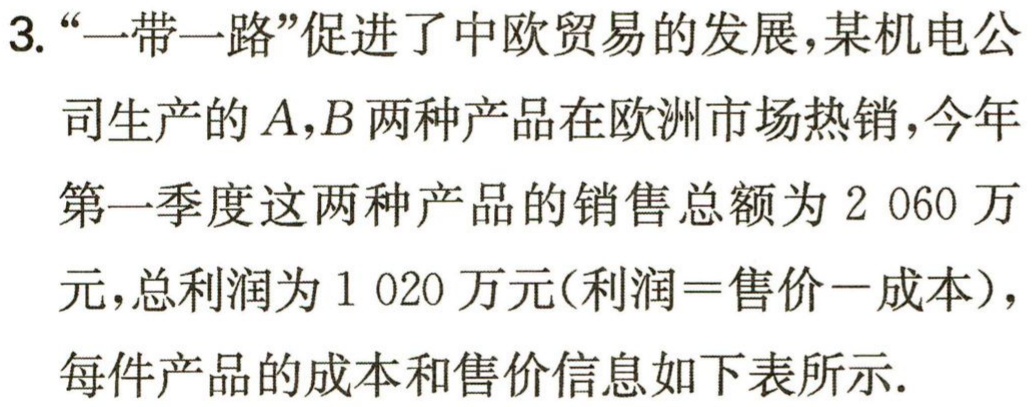
3.“一带一路”促进了中欧贸易的发展，某机电公司生产的\(A,B\)两种产品在欧洲市场热销，今年第一季度这两种产品的销售总额为\(2 060\)万元，总利润为\(1 020\)万元(利润=售价-成本)，每件产品的成本和售价信息如下表所示.